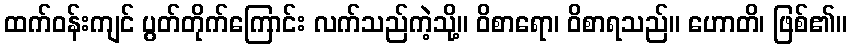
ထက်ဝန်းကျင် ပွတ်တိုက်ကြောင်း လက်သည်ကဲ့သို့။ ဝိစာရော၊ ဝိစာရသည်။ ဟောတိ၊ ဖြစ်၏။